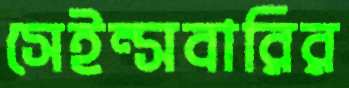
সেইন্সবারির